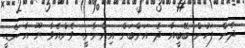
ދެން ފަހުން ބޭބީއާ ދެ އަންބަށް އިންނާނީ. ވެންއެވާ ޔޫ އާ ރެޑީ.